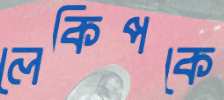
লেকিপকে